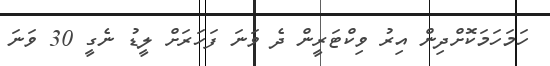
ހަމަހަމަކޮށްދިން އިރު ވިކްޓަރީން ދެ ވަނަ ފަހަރަށް ލީޑު ނެގީ 30 ވަނަ